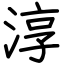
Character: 淳